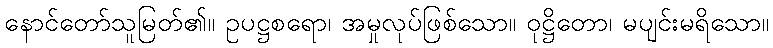
နောင်တော်သူမြတ်၏။ ဥပဋ္ဌစရော၊ အမှုလုပ်ဖြစ်သော။ ဝုဋ္ဌိတော၊ မပျင်းမရိသော။